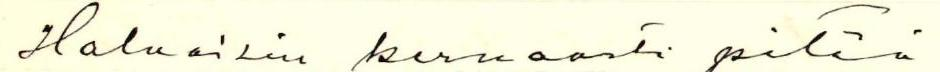
Haluaisin kernaasti pitää